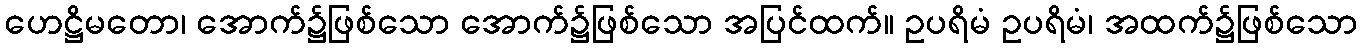
ဟေဋ္ဌိမတော၊ အောက်၌ဖြစ်သော အောက်၌ဖြစ်သော အပြင်ထက်။ ဥပရိမံ ဥပရိမံ၊ အထက်၌ဖြစ်သော